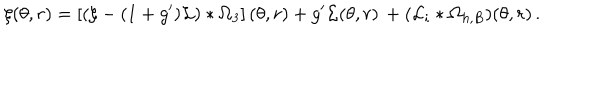
\xi ( \theta , r ) = \left[ ( \xi - ( 1 + g ^ { \prime } ) { \cal L } ) * \Omega _ { 3 } \right] ( \theta , r ) + g ^ { \prime } { \cal L } ( \theta , r ) \, + ( { \cal L } _ { i } * \Omega _ { h , B } ) ( \theta , r ) \, .